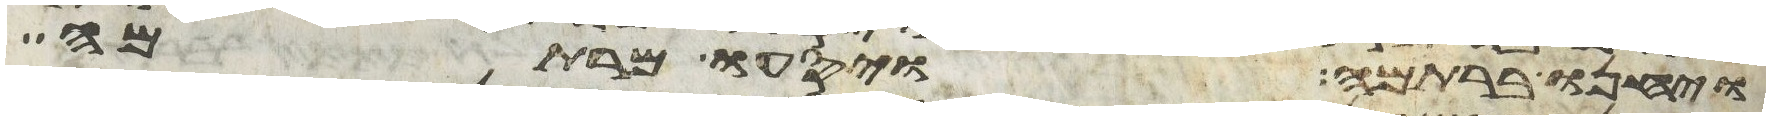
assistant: ויחנו ברתמה ויסעו מרתמה